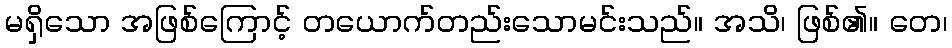
မရှိသော အဖြစ်ကြောင့် တယောက်တည်းသောမင်းသည်။ အသိ၊ ဖြစ်၏။ တေ၊